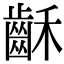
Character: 𪗮